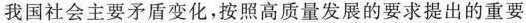
我国社会主要矛盾变化，按照高质量发展的要求提出的重要